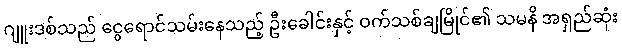
ဂျူးဒစ်သည် ငွေရောင်သမ်းနေသည့် ဦးခေါင်းနှင့် ဝက်သစ်ချမြိုင်၏ သမနိ အရှည်ဆုံး